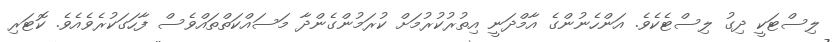
ލިސްޓަކީ ދިގު ލިސްޓެކެވެ. އަންހެނުންގެ އާމްދަނީ އިތުރުކުރުމަށް ކުރަމުންގެންދާ މަސައްކަތްތައްވެސް ފާހަގަކުރެވެއެވެ. ކޮޓަރި